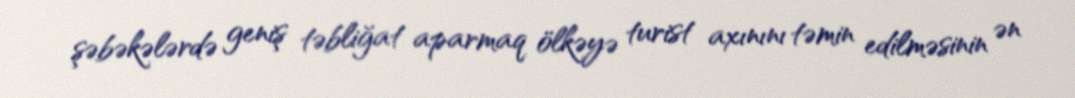
şəbəkələrdə geniş təbliğat aparmaq ölkəyə turist axınını təmin edilməsinin ən